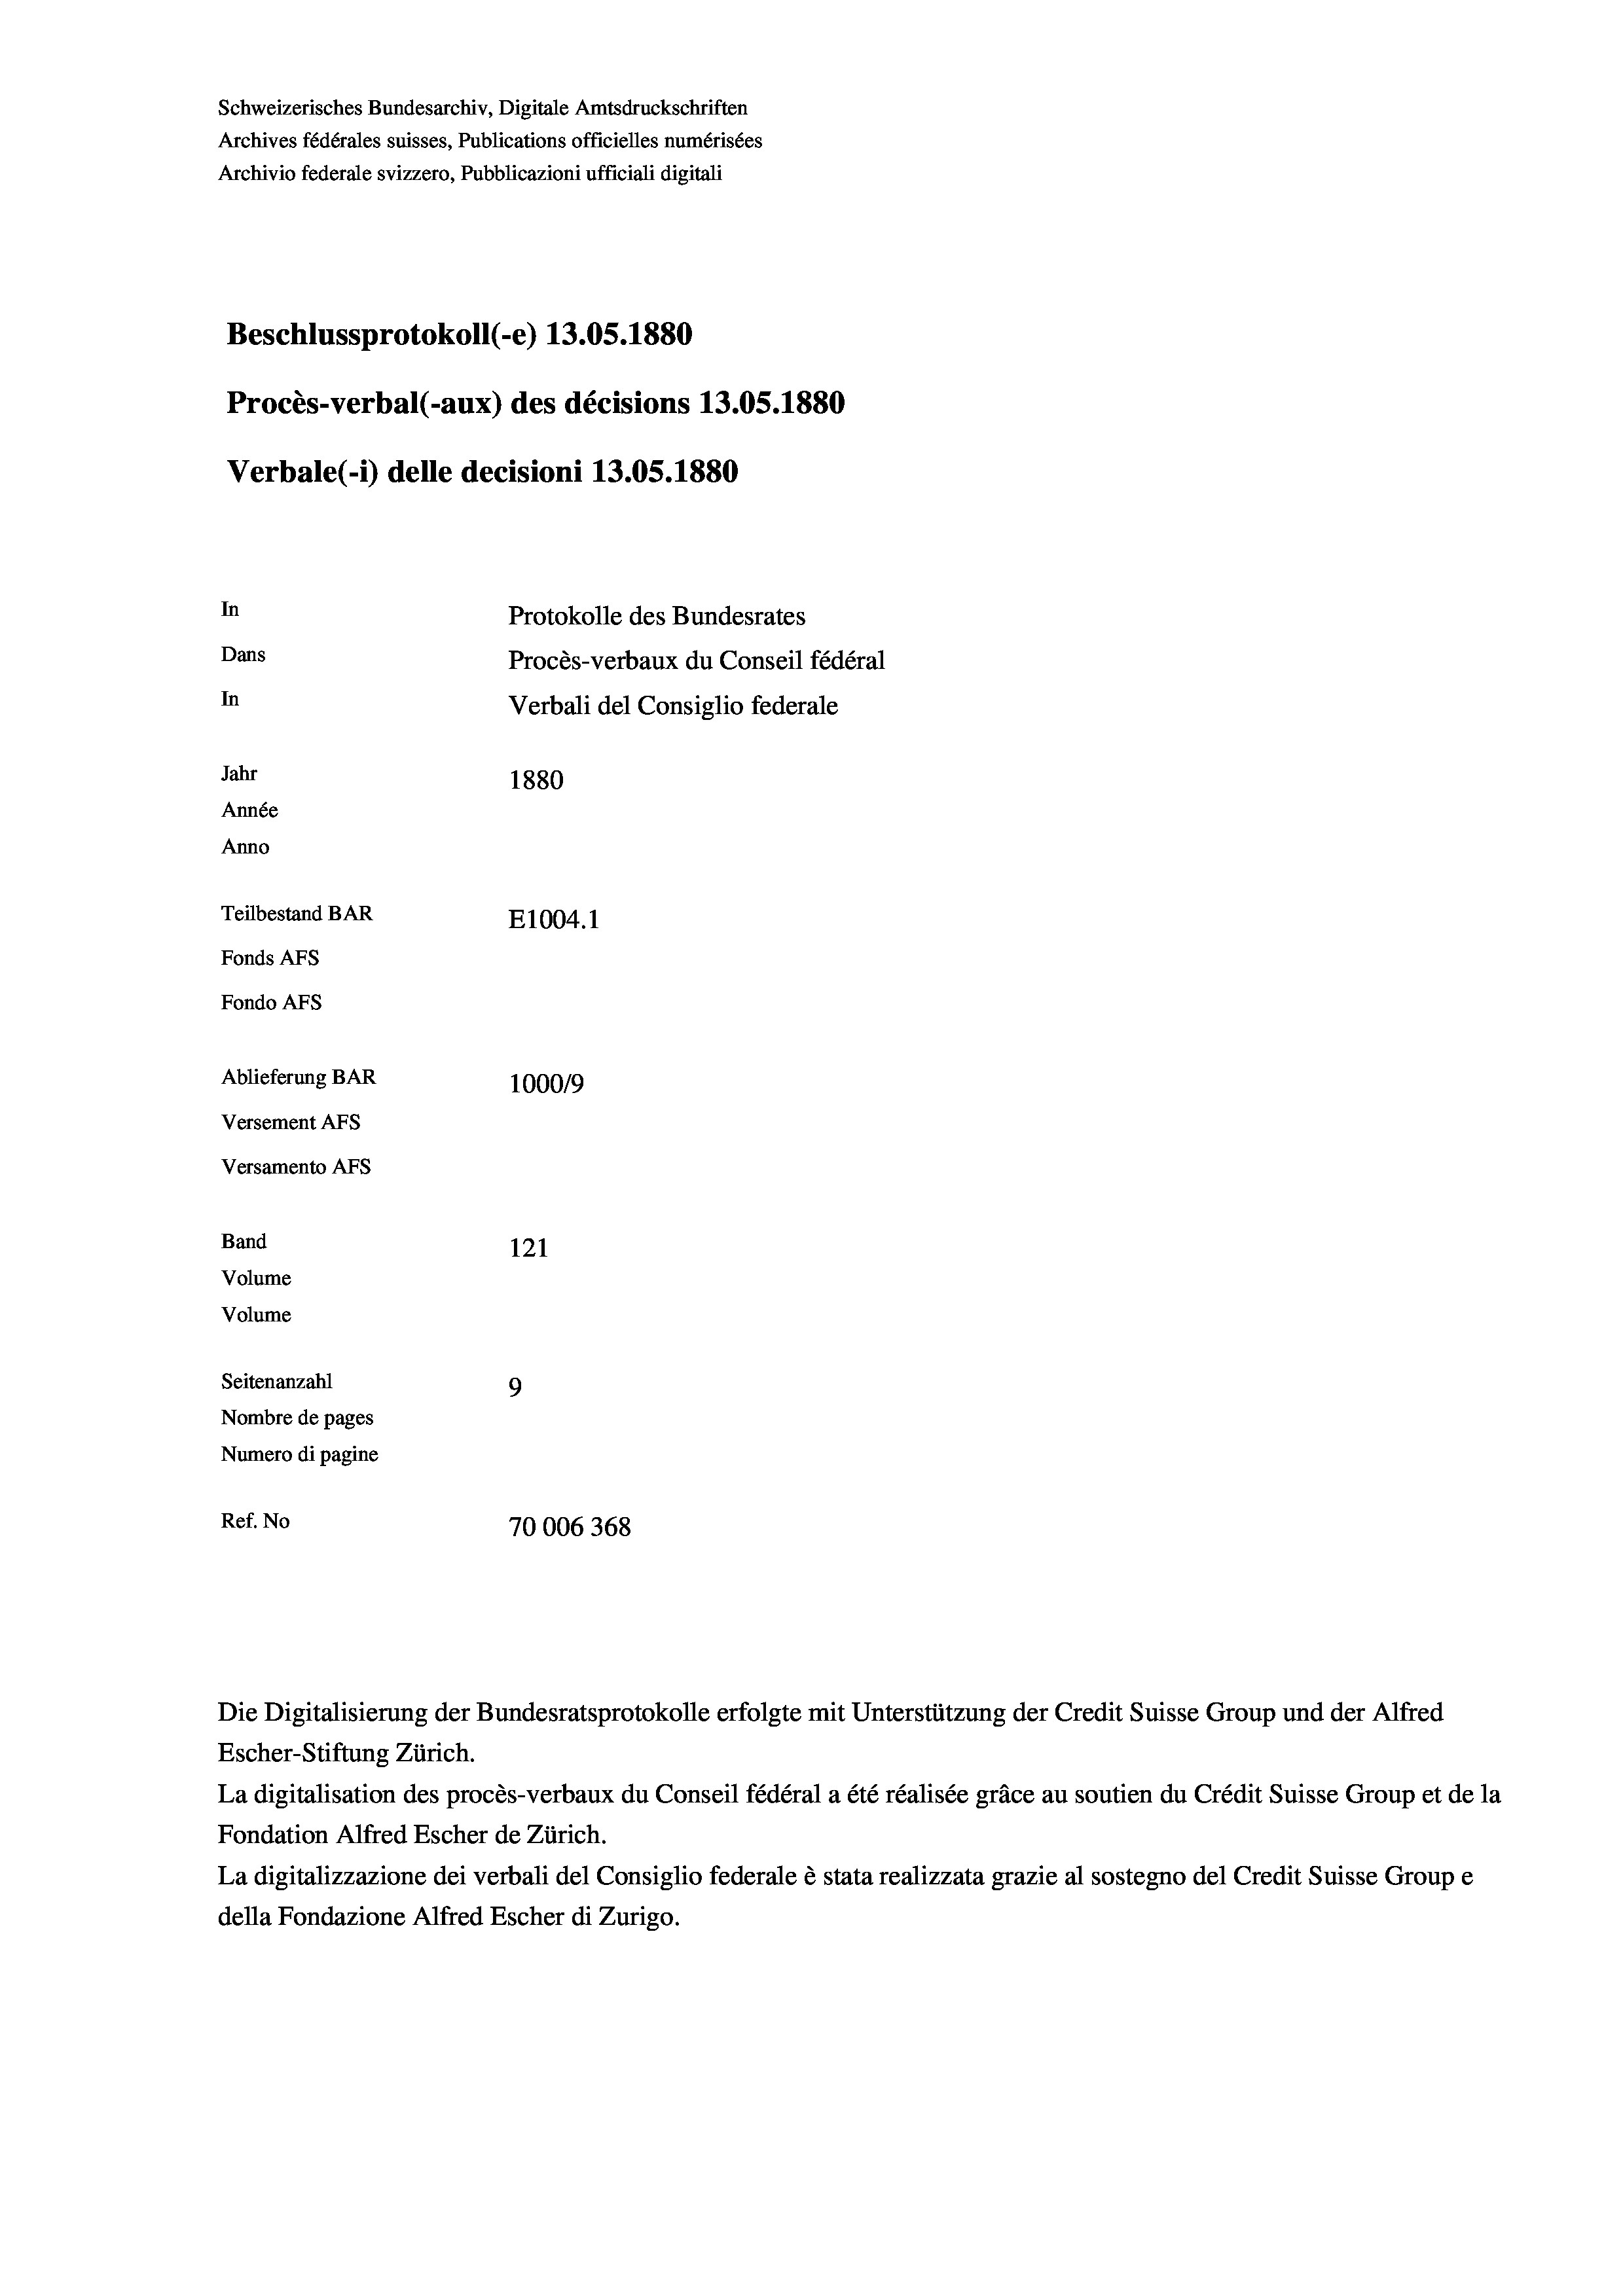
Schweizerisches Bundesarchiv, Digitale Amtsdruckschriften
Archives fédérales suisses, Publications officielles numérisées
Archivio federale svizzero, Pubblicazioni ufficiali digitali
Beschlussprotokoll (-e) 13.05.1880
Procès-verbal (-aux) des décisions 13.05. 1880
Verbale(-*) delle decisioni 13.05. 1880
In
Protokolle des Bundesrates
Dans
Procès-verbaux du Conseil fédéral
In
Verbali del Consiglio federale
Jahr
1880
Année
Anno
Teilbestand BAR
E1004. 1
Fonds AFs
Fondo AFs
Ablieferung BAR
100019
Versement Abs
Versamento AFs
Band
121
Volume
Volume
Seitenanzahl
9
Nombre de pages
Numero di pagine
Ref. No
70006368

Escher-Stiftung Zürich.
La digitalisation des procès-verbaux du Conseil fédéral a été réalisée gräce au soutien du Crédit Suisse Group et de la
Fondation Alfred Escher de Zürich.
La digitalizzazione dei verbali del Consiglio federale è stata realizzata grazie al sostegno del Credit Suisse Groupe
della Fondazione Alfred Escher di Zurigo.

Die Digitalisierung der Bundesratsprotokolle erfolgte mit Unterstützung der Credit Suisse Group und der Alfred